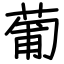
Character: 葡